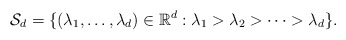
\begin{align*}\mathcal{S}_{d}=\{(\lambda_{1},\dots,\lambda_{d})\in\mathbb{R}^{d}:\lambda_{1}>\lambda_{2}>\cdots>\lambda_{d}\}.\end{align*}